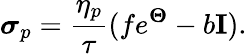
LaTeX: \boldsymbol{\sigma}_{p}=\frac{\eta_{p}}{\tau}(fe^{\mathbf{\Theta}}-b\mathbf{I}).